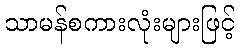
သာမန်စကားလုံးများဖြင့်